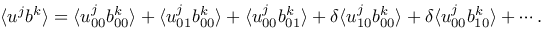
\langle { u ^ { j } b ^ { k } } \rangle = \langle { u _ { 0 0 } ^ { j } b _ { 0 0 } ^ { k } } \rangle + \langle { u _ { 0 1 } ^ { j } b _ { 0 0 } ^ { k } } \rangle + \langle { u _ { 0 0 } ^ { j } b _ { 0 1 } ^ { k } } \rangle + \delta \langle { u _ { 1 0 } ^ { j } b _ { 0 0 } ^ { k } } \rangle + \delta \langle { u _ { 0 0 } ^ { j } b _ { 1 0 } ^ { k } } \rangle + \cdots .